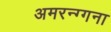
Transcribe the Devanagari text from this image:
अमरन्ग्गना